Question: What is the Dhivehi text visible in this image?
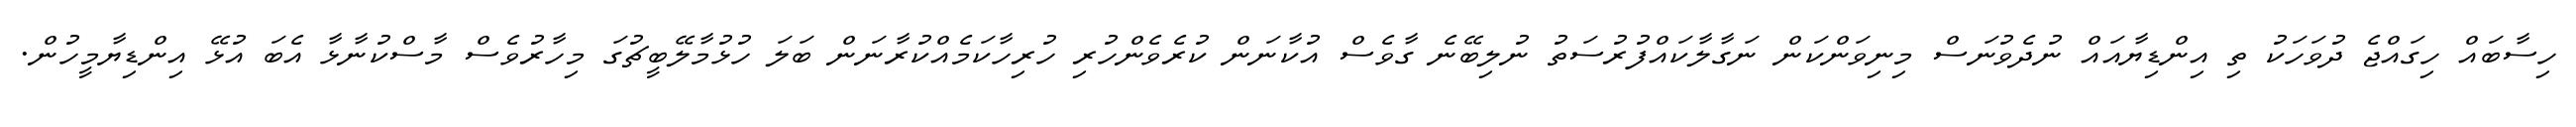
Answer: ހިސާބައް ހިގައްޖެ ދުވަހަކު ތި އިންޑިޔާއައް ނުދެވުނަސް މިނިވަންކަން ނަގާލާކައްފުރުސަތު ނުލިބޭނެ ގާވެސް އުކާނަން ކުރެވެންހުރި ހުރިހާކަމެއްކުރާނަން ބަލަ ހުޅުމާލޭބީޗުގަ މިހާރުވެސް މާސްކުނާޅާ އެބަ އުޅޭ އިންޑިޔާމީހުން.